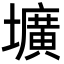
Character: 壙